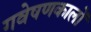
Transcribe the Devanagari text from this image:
गवेषणकालों